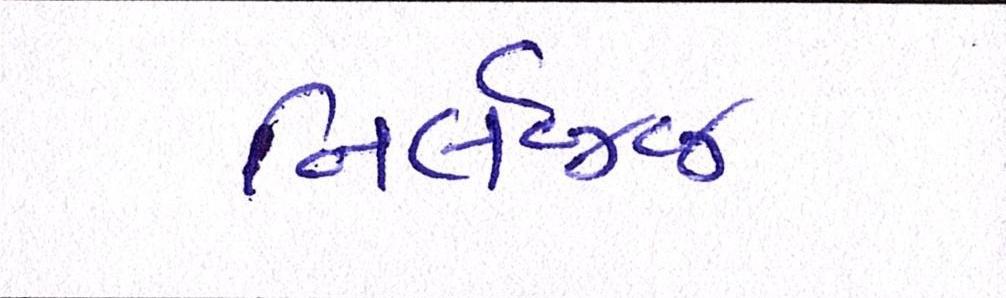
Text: નિર્લજ્જ